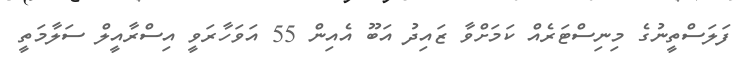
ފަލަސްތީނުގެ މިނިސްޓަރެއް ކަމަށްވާ ޒައިދު އަބޫ އެއިން 55 އަވަހާރަވީ އިސްރާއީލް ސަލާމަތީ